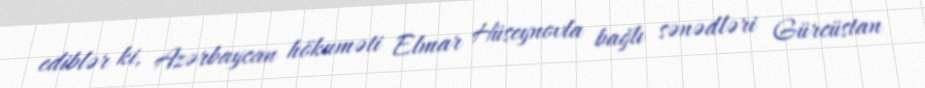
ediblər ki, Azərbaycan hökuməti Elmar Hüseynovla bağlı sənədləri Gürcüstan